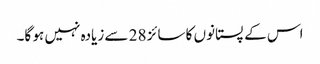
اس کے پستانوں کا سائز 28 سے زیادہ نہیں ہو گا۔